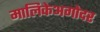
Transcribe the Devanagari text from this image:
मालिकेअगोदर